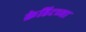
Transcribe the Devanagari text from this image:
क्रेडिटच्या